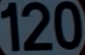
120